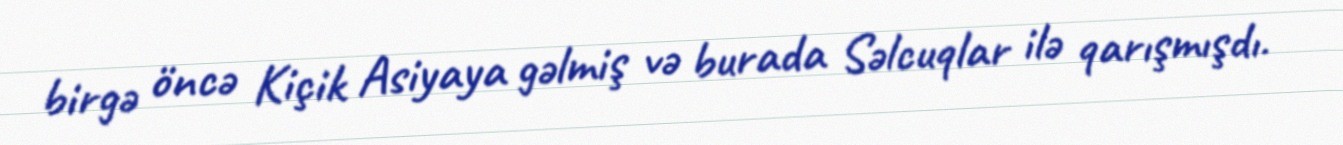
birgə öncə Kiçik Asiyaya gəlmiş və burada Səlcuqlar ilə qarışmışdı.